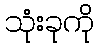
သုံးခုကို